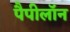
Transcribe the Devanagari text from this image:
पैपीलॉन